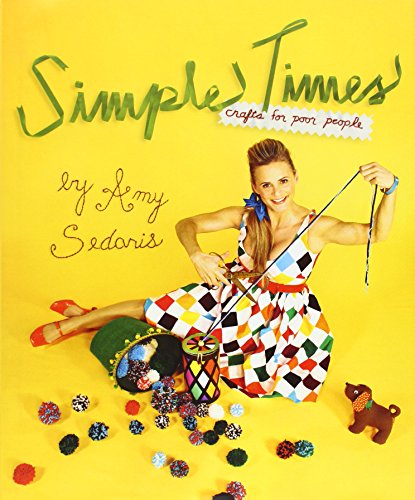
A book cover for Simple Times: Crafts for Poor People; Amy Sedaris; Humor & Entertainment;